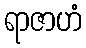
ရာဇာဟံ